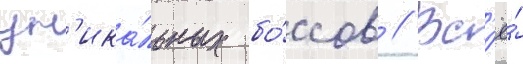
ун'ика́льных бо́ссов // Вс'ё́